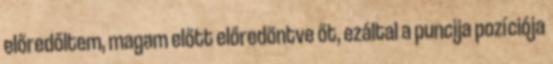
előredőltem, magam előtt előredöntve őt, ezáltal a puncija pozíciója